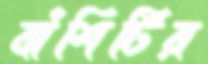
বাঁশিটির